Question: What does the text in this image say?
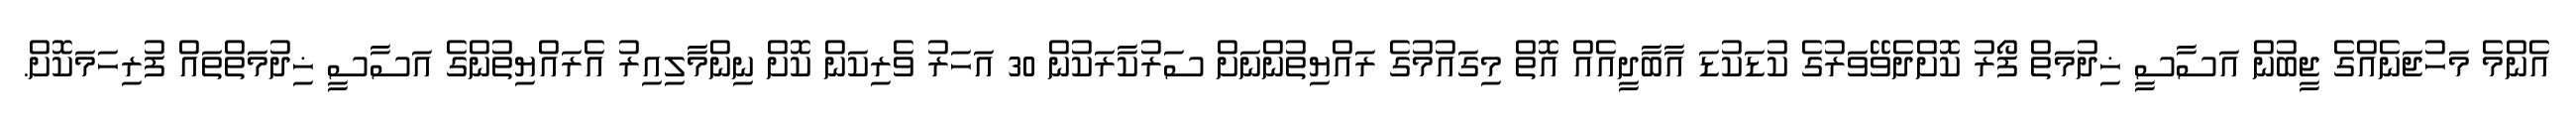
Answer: އެންމެ މަހުޖަނެއްގެ ޖީބުން އަސާސީ ޚިދުމަތް ފޯރު ކޮށްދެވޭވަރުގެ ކުޑަކުޑަ އާބާދީއެއް އޮތް މިގައުމުގެ ރައްޔިތުންނަށް ސަރުކާރަކުން 30 އަހަރު ވެރިކަން ކޮށް ނިންމާލިއިރު އެރައްޔިތުންގެ އަސާސީ ޚިދުމަތްތައް ފުރިހަމަކޮށް.